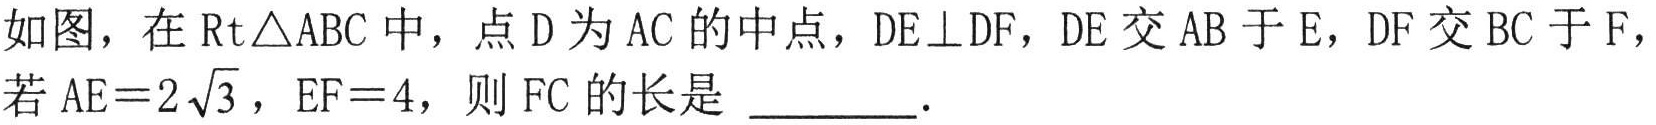
如图，在$\text{Rt}\triangle ABC$中，点$D$为$AC$的中点，$DE\perp DF$，$DE$交$AB$于$E$，$DF$交$BC$于$F$，若$AE = 2\sqrt{3}$，$EF = 4$，则$FC$的长是 $\underline{\qquad\quad}.$